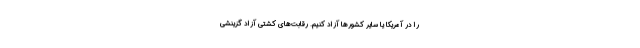
را در آمریکا یا سایر کشورها آزاد کنیم. رقابت‌های کشتی آزاد گزینشی